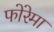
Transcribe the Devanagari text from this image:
फोरेमा